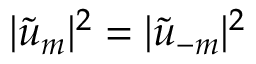
| \tilde { u } _ { m } | ^ { 2 } = | \tilde { u } _ { - m } | ^ { 2 }